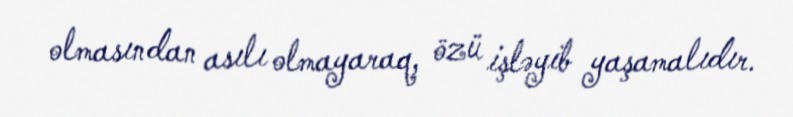
olmasından asılı olmayaraq, özü işləyib yaşamalıdır.